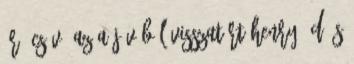
író csávó az a jövőből visszatért Henry :D és